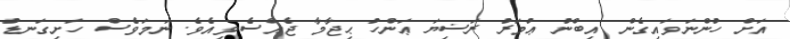
އަށް ހުންނަވައިގެން އިބްނު ޢުމަރު ރަޟިޔަ ޢަންހު ޙިޖާމާ ޖެއްސެވިއެވެ. ނަމަވެސް ހަށިގަނޑު